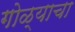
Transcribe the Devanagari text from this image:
गोळ्याचा